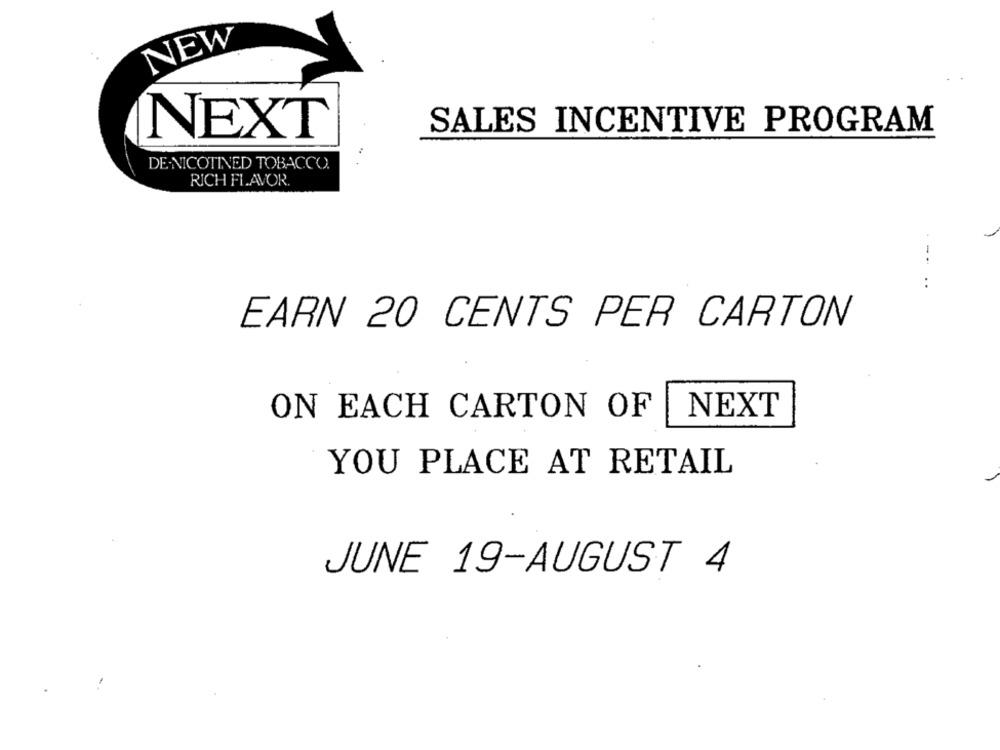
NEW
SALES INCENTIVE PROGRAM
NEXT
DE-NICOTINED TOBACCO.
RICH FLAVOR.
:
EARN 20 CENTS PER CARTON
ON EACH CARTON OF
NEXT
YOU PLACE AT RETAIL
JUNE 19-AUGUST 4